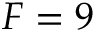
F = 9